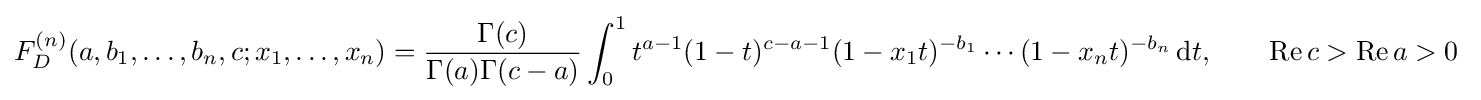
F_{D}^{(n)}(a,b_{1},\ldots ,b_{n},c;x_{1},\ldots ,x_{n})={\frac {\Gamma (c)}{\Gamma (a)\Gamma (c-a)}}\int _{0}^{1}t^{a-1}(1-t)^{c-a-1}(1-x_{1}t)^{-b_{1}}\cdots (1-x_{n}t)^{-b_{n}}\,\mathrm {d} t,\qquad \operatorname {Re} c>\operatorname {Re} a>0~